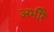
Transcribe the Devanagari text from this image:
अभीरैं